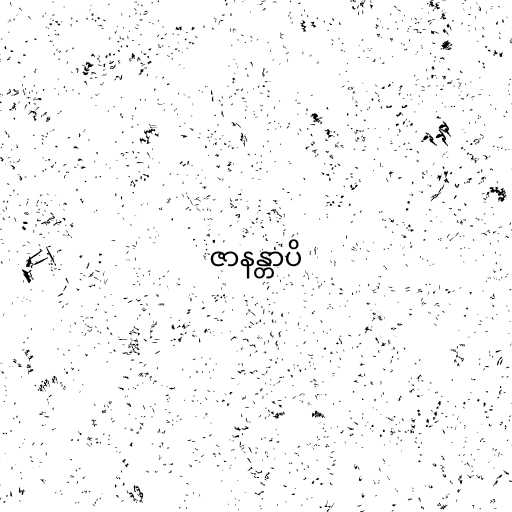
ဇာနန္တာပိ